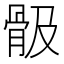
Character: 𩨞